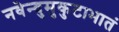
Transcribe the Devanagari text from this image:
नवेन्दुमुकुटाभातं